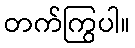
တက်ကြွပါ။